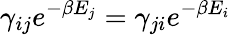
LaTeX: \gamma_{ij}e^{-\beta E_{j}}=\gamma_{ji}e^{-\beta E_{i}}